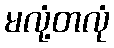
မလုံ့တလုံ